Indian journal of veterinary science and animal husbandry - Volume 6,
Year: 1936
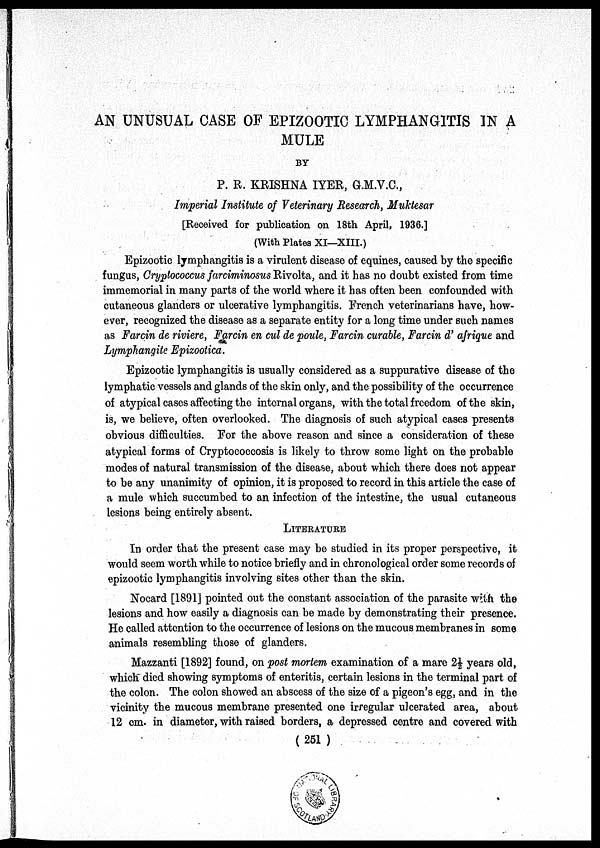
AN UNUSUAL CASE OF EPIZOOTIC LYMPHANGITIS IN A
MULE
BY
P. R. KRISHNA IYER, G.M.V.C.,
Imperial Institute of Veterinary Research, Muktesar
[Received for publication on 18th April, 1936.]
(With Plates XI—XIII.)
Epizootic lymphangitis is a virulent disease of equines, caused by the specific
fungus, Cryptococcus farciminosus Rivolta, and it has no doubt existed from time
immemorial in many parts of the world where it has often been confounded with
cutaneous glanders or ulcerative lymphangitis. French veterinarians have, how-
ever, recognized the disease as a separate entity for a long time under such names
as Farcin de riviere, Farcin en cul de poule, Farcin curable, Farcin d' afrique and
Lymphangite Epizootica.
Epizootic lymphangitis is usually considered as a suppurative disease of the
lymphatic vessels and glands of the skin only, and the possibility of the occurrence
of atypical cases affecting the internal organs, with the total freedom of the skin,
is, we believe, often overlooked. The diagnosis of such atypical cases presents
obvious difficulties. For the above reason and since a consideration of these
atypical forms of Cryptococcosis is likely to throw some light on the probable
modes of natural transmission of the disease, about which there does not appear
to be any unanimity of opinion, it is proposed to record in this article the case of
a mule which succumbed to an infection of the intestine, the usual cutaneous
lesions being entirely absent.
LITERATURE
In order that the present case may be studied in its proper perspective, it
would seem worth while to notice briefly and in chronological order some records of
epizootic lymphangitis involving sites other than the skin.
Nocard [1891] pointed out the constant association of the parasite with the
lesions and how easily a diagnosis can be made by demonstrating their presence.
He called attention to the occurrence of lesions on the mucous membranes in some
animals resembling those of glanders.
Mazzanti [1892] found, on post mortem examination of a mare 2½ years old,
which died showing symptoms of enteritis, certain lesions in the terminal part of
the colon. The colon showed an abscess of the size of a pigeon's egg, and in the
vicinity the mucous membrane presented one irregular ulcerated area, about
12 cm. in diameter, with raised borders, a depressed centre and covered with
(251)